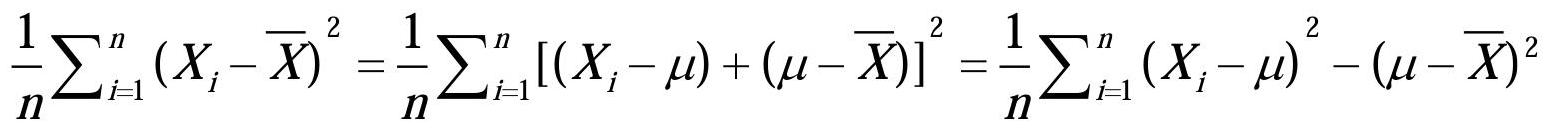
\frac{1}{n}\sum_{i=1}^{n} (X_{i}-\overline{X})^{2} =\frac{1}{n}\sum_{i=1}^{n} [(X_{i}-\mu)+(\mu-\overline{X})]^{2} =\frac{1}{n}\sum_{i=1}^{n} (X_{i}-\mu)^{2} - (\mu-\overline{X})^{2}